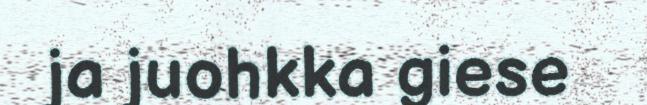
ja juohkka giese